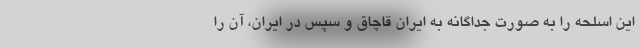
این اسلحه را به صورت جداگانه به ایران قاچاق و سپس در ایران، آن را